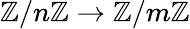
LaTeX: \mathbb{Z}/n\mathbb{Z}\to\mathbb{Z}/m\mathbb{Z}